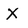
Character: X